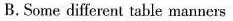
B.Some different table manners